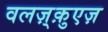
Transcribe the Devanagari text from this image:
वलज़्क़ुएज़